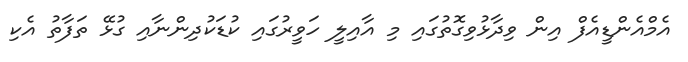
އެމްއެންޑީއެފް އިން ވިދާޅުވިގޮތުގައި މި އާއިލީ ހަވީރުގައި ކުޑަކުދިންނާއި ގުޅޭ ތަފާތު އެކި